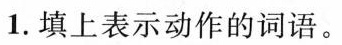
1.填上表示动作的词语。